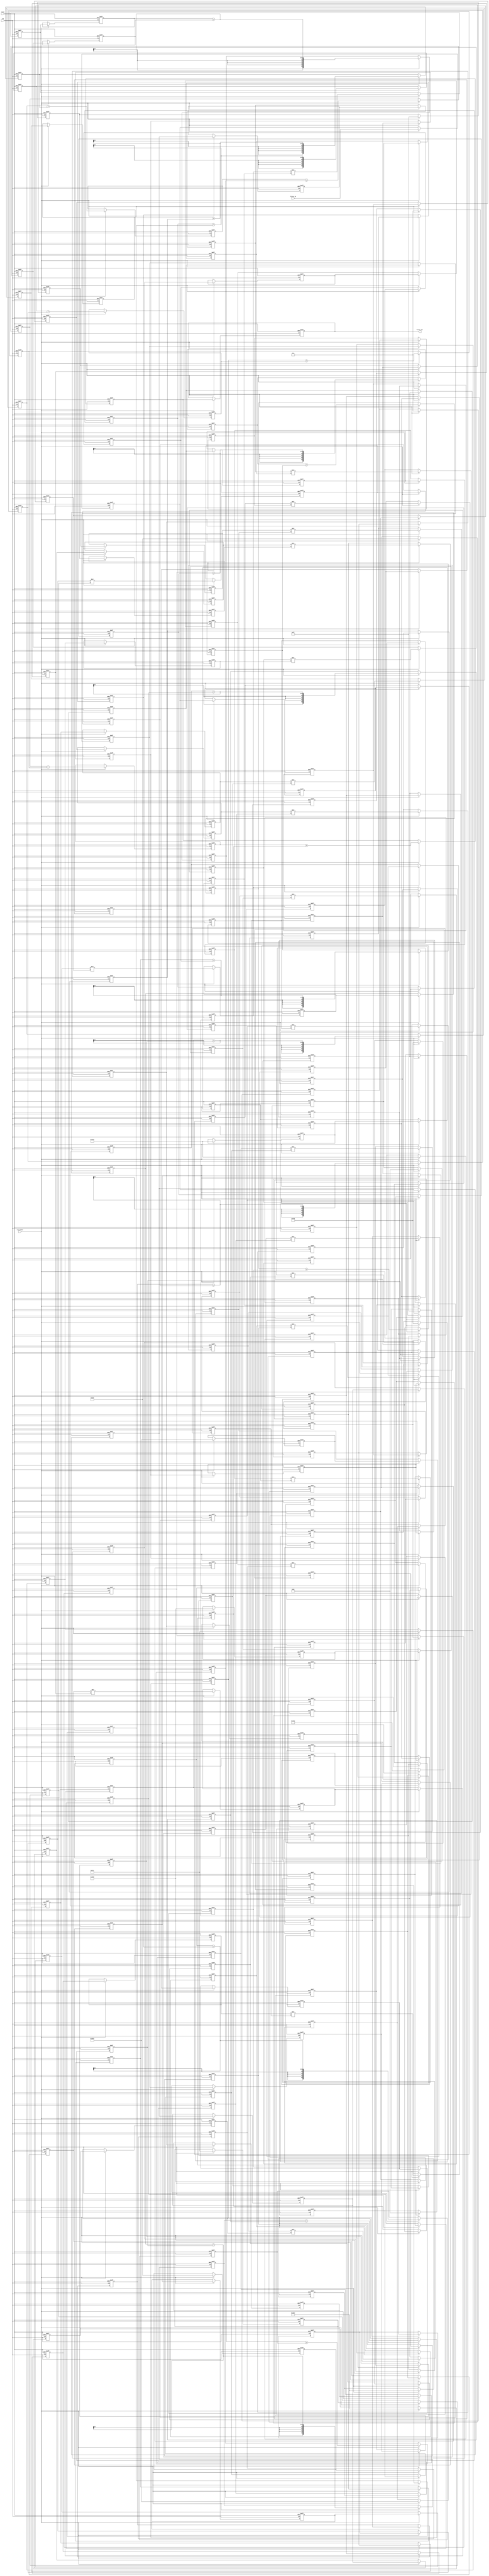
// -------------------------------------------------------------
//
// Module: fir_20_16b_2p
// Generated by MATLAB(R) 9.12 and Filter Design HDL Coder 3.1.11.
// Generated on: 2023-06-21 23:49:33
// -------------------------------------------------------------

// -------------------------------------------------------------
// HDL Code Generation Options:
//
// FIRAdderStyle: tree
// MultiplierInputPipeline: 2
// MultiplierOutputPipeline: 2
// OptimizeForHDL: on
// TargetDirectory: W:\Nikos\UTh\ \Project\FIR_20_Order\multiplier_2_pipeline\16b_fixed_point
// AddPipelineRegisters: on
// Name: fir_20_16b_2p
// InputDataType: numerictype(1,16,0)
// TargetLanguage: Verilog
// TestBenchName: fir_20_16b_2p_tb
// TestBenchStimulus: impulse step ramp chirp noise 

// Filter Specifications:
//
// Sample Rate     : 46 kHz
// Response        : Lowpass
// Specification   : N,Fp,Fst,Ap
// Stopband Edge   : 9.6 kHz
// Filter Order    : 20
// Passband Edge   : 8 kHz
// Passband Ripple : 60 dB
// -------------------------------------------------------------

// -------------------------------------------------------------
// HDL Implementation    : Fully parallel
// Folding Factor        : 1
// -------------------------------------------------------------
// Filter Settings:
//
// Discrete-Time FIR Filter (real)
// -------------------------------
// Filter Structure  : Direct-Form FIR
// Filter Length     : 21
// Stable            : Yes
// Linear Phase      : Yes (Type 1)
// Arithmetic        : fixed
// Numerator         : s16,16 -> [-5.000000e-01 5.000000e-01)
// -------------------------------------------------------------




`timescale 1 ns / 1 ns

module fir_20_16b_2p
               (
                clk,
                clk_enable,
                reset,
                filter_in,
                filter_out
                );

  input   clk; 
  input   clk_enable; 
  input   reset; 
  input   signed [15:0] filter_in; //sfix16
  output  signed [36:0] filter_out; //sfix37_En16

////////////////////////////////////////////////////////////////
//Module Architecture: fir_20_16b_2p
////////////////////////////////////////////////////////////////
  // Local Functions
  // Type Definitions
  // Constants
  parameter signed [15:0] coeff1 = 16'b0000000000000110; //sfix16_En16
  parameter signed [15:0] coeff2 = 16'b0000000000111000; //sfix16_En16
  parameter signed [15:0] coeff3 = 16'b0000000011111111; //sfix16_En16
  parameter signed [15:0] coeff4 = 16'b0000001100101000; //sfix16_En16
  parameter signed [15:0] coeff5 = 16'b0000011111001101; //sfix16_En16
  parameter signed [15:0] coeff6 = 16'b0000111111101100; //sfix16_En16
  parameter signed [15:0] coeff7 = 16'b0001101110110111; //sfix16_En16
  parameter signed [15:0] coeff8 = 16'b0010100111111010; //sfix16_En16
  parameter signed [15:0] coeff9 = 16'b0011100000001000; //sfix16_En16
  parameter signed [15:0] coeff10 = 16'b0100001001110000; //sfix16_En16
  parameter signed [15:0] coeff11 = 16'b0100011001001010; //sfix16_En16
  parameter signed [15:0] coeff12 = 16'b0100001001110000; //sfix16_En16
  parameter signed [15:0] coeff13 = 16'b0011100000001000; //sfix16_En16
  parameter signed [15:0] coeff14 = 16'b0010100111111010; //sfix16_En16
  parameter signed [15:0] coeff15 = 16'b0001101110110111; //sfix16_En16
  parameter signed [15:0] coeff16 = 16'b0000111111101100; //sfix16_En16
  parameter signed [15:0] coeff17 = 16'b0000011111001101; //sfix16_En16
  parameter signed [15:0] coeff18 = 16'b0000001100101000; //sfix16_En16
  parameter signed [15:0] coeff19 = 16'b0000000011111111; //sfix16_En16
  parameter signed [15:0] coeff20 = 16'b0000000000111000; //sfix16_En16
  parameter signed [15:0] coeff21 = 16'b0000000000000110; //sfix16_En16

  // Signals
  reg  signed [15:0] delay_pipeline [0:20] ; // sfix16
  wire signed [31:0] product21; // sfix32_En16
  reg  signed [15:0] delay_pipeline_20_under_pipe; // sfix16
  reg  signed [15:0] delay_pipeline_20_under_pipe_1; // sfix16
  reg  signed [15:0] coeff21_pipe; // sfix16_En16
  reg  signed [15:0] coeff21_pipe_1; // sfix16_En16
  reg  signed [31:0] product21_pipe; // sfix32_En16
  reg  signed [31:0] product21_pipe_1; // sfix32_En16
  wire signed [31:0] product20; // sfix32_En16
  reg  signed [15:0] delay_pipeline_19_under_pipe; // sfix16
  reg  signed [15:0] delay_pipeline_19_under_pipe_1; // sfix16
  reg  signed [15:0] coeff20_pipe; // sfix16_En16
  reg  signed [15:0] coeff20_pipe_1; // sfix16_En16
  reg  signed [31:0] product20_pipe; // sfix32_En16
  reg  signed [31:0] product20_pipe_1; // sfix32_En16
  wire signed [31:0] product19; // sfix32_En16
  reg  signed [15:0] delay_pipeline_18_under_pipe; // sfix16
  reg  signed [15:0] delay_pipeline_18_under_pipe_1; // sfix16
  reg  signed [15:0] coeff19_pipe; // sfix16_En16
  reg  signed [15:0] coeff19_pipe_1; // sfix16_En16
  reg  signed [31:0] product19_pipe; // sfix32_En16
  reg  signed [31:0] product19_pipe_1; // sfix32_En16
  wire signed [31:0] product18; // sfix32_En16
  reg  signed [15:0] delay_pipeline_17_under_pipe; // sfix16
  reg  signed [15:0] delay_pipeline_17_under_pipe_1; // sfix16
  reg  signed [15:0] coeff18_pipe; // sfix16_En16
  reg  signed [15:0] coeff18_pipe_1; // sfix16_En16
  reg  signed [31:0] product18_pipe; // sfix32_En16
  reg  signed [31:0] product18_pipe_1; // sfix32_En16
  wire signed [31:0] product17; // sfix32_En16
  reg  signed [15:0] delay_pipeline_16_under_pipe; // sfix16
  reg  signed [15:0] delay_pipeline_16_under_pipe_1; // sfix16
  reg  signed [15:0] coeff17_pipe; // sfix16_En16
  reg  signed [15:0] coeff17_pipe_1; // sfix16_En16
  reg  signed [31:0] product17_pipe; // sfix32_En16
  reg  signed [31:0] product17_pipe_1; // sfix32_En16
  wire signed [31:0] product16; // sfix32_En16
  reg  signed [15:0] delay_pipeline_15_under_pipe; // sfix16
  reg  signed [15:0] delay_pipeline_15_under_pipe_1; // sfix16
  reg  signed [15:0] coeff16_pipe; // sfix16_En16
  reg  signed [15:0] coeff16_pipe_1; // sfix16_En16
  reg  signed [31:0] product16_pipe; // sfix32_En16
  reg  signed [31:0] product16_pipe_1; // sfix32_En16
  wire signed [31:0] product15; // sfix32_En16
  reg  signed [15:0] delay_pipeline_14_under_pipe; // sfix16
  reg  signed [15:0] delay_pipeline_14_under_pipe_1; // sfix16
  reg  signed [15:0] coeff15_pipe; // sfix16_En16
  reg  signed [15:0] coeff15_pipe_1; // sfix16_En16
  reg  signed [31:0] product15_pipe; // sfix32_En16
  reg  signed [31:0] product15_pipe_1; // sfix32_En16
  wire signed [31:0] product14; // sfix32_En16
  reg  signed [15:0] delay_pipeline_13_under_pipe; // sfix16
  reg  signed [15:0] delay_pipeline_13_under_pipe_1; // sfix16
  reg  signed [15:0] coeff14_pipe; // sfix16_En16
  reg  signed [15:0] coeff14_pipe_1; // sfix16_En16
  reg  signed [31:0] product14_pipe; // sfix32_En16
  reg  signed [31:0] product14_pipe_1; // sfix32_En16
  wire signed [31:0] product13; // sfix32_En16
  reg  signed [15:0] delay_pipeline_12_under_pipe; // sfix16
  reg  signed [15:0] delay_pipeline_12_under_pipe_1; // sfix16
  reg  signed [15:0] coeff13_pipe; // sfix16_En16
  reg  signed [15:0] coeff13_pipe_1; // sfix16_En16
  reg  signed [31:0] product13_pipe; // sfix32_En16
  reg  signed [31:0] product13_pipe_1; // sfix32_En16
  wire signed [31:0] product12; // sfix32_En16
  reg  signed [15:0] delay_pipeline_11_under_pipe; // sfix16
  reg  signed [15:0] delay_pipeline_11_under_pipe_1; // sfix16
  reg  signed [15:0] coeff12_pipe; // sfix16_En16
  reg  signed [15:0] coeff12_pipe_1; // sfix16_En16
  reg  signed [31:0] product12_pipe; // sfix32_En16
  reg  signed [31:0] product12_pipe_1; // sfix32_En16
  wire signed [31:0] product11; // sfix32_En16
  reg  signed [15:0] delay_pipeline_10_under_pipe; // sfix16
  reg  signed [15:0] delay_pipeline_10_under_pipe_1; // sfix16
  reg  signed [15:0] coeff11_pipe; // sfix16_En16
  reg  signed [15:0] coeff11_pipe_1; // sfix16_En16
  reg  signed [31:0] product11_pipe; // sfix32_En16
  reg  signed [31:0] product11_pipe_1; // sfix32_En16
  wire signed [31:0] product10; // sfix32_En16
  reg  signed [15:0] delay_pipeline_9_under_pipe; // sfix16
  reg  signed [15:0] delay_pipeline_9_under_pipe_1; // sfix16
  reg  signed [15:0] coeff10_pipe; // sfix16_En16
  reg  signed [15:0] coeff10_pipe_1; // sfix16_En16
  reg  signed [31:0] product10_pipe; // sfix32_En16
  reg  signed [31:0] product10_pipe_1; // sfix32_En16
  wire signed [31:0] product9; // sfix32_En16
  reg  signed [15:0] delay_pipeline_8_under_pipe; // sfix16
  reg  signed [15:0] delay_pipeline_8_under_pipe_1; // sfix16
  reg  signed [15:0] coeff9_pipe; // sfix16_En16
  reg  signed [15:0] coeff9_pipe_1; // sfix16_En16
  reg  signed [31:0] product9_pipe; // sfix32_En16
  reg  signed [31:0] product9_pipe_1; // sfix32_En16
  wire signed [31:0] product8; // sfix32_En16
  reg  signed [15:0] delay_pipeline_7_under_pipe; // sfix16
  reg  signed [15:0] delay_pipeline_7_under_pipe_1; // sfix16
  reg  signed [15:0] coeff8_pipe; // sfix16_En16
  reg  signed [15:0] coeff8_pipe_1; // sfix16_En16
  reg  signed [31:0] product8_pipe; // sfix32_En16
  reg  signed [31:0] product8_pipe_1; // sfix32_En16
  wire signed [31:0] product7; // sfix32_En16
  reg  signed [15:0] delay_pipeline_6_under_pipe; // sfix16
  reg  signed [15:0] delay_pipeline_6_under_pipe_1; // sfix16
  reg  signed [15:0] coeff7_pipe; // sfix16_En16
  reg  signed [15:0] coeff7_pipe_1; // sfix16_En16
  reg  signed [31:0] product7_pipe; // sfix32_En16
  reg  signed [31:0] product7_pipe_1; // sfix32_En16
  wire signed [31:0] product6; // sfix32_En16
  reg  signed [15:0] delay_pipeline_5_under_pipe; // sfix16
  reg  signed [15:0] delay_pipeline_5_under_pipe_1; // sfix16
  reg  signed [15:0] coeff6_pipe; // sfix16_En16
  reg  signed [15:0] coeff6_pipe_1; // sfix16_En16
  reg  signed [31:0] product6_pipe; // sfix32_En16
  reg  signed [31:0] product6_pipe_1; // sfix32_En16
  wire signed [31:0] product5; // sfix32_En16
  reg  signed [15:0] delay_pipeline_4_under_pipe; // sfix16
  reg  signed [15:0] delay_pipeline_4_under_pipe_1; // sfix16
  reg  signed [15:0] coeff5_pipe; // sfix16_En16
  reg  signed [15:0] coeff5_pipe_1; // sfix16_En16
  reg  signed [31:0] product5_pipe; // sfix32_En16
  reg  signed [31:0] product5_pipe_1; // sfix32_En16
  wire signed [31:0] product4; // sfix32_En16
  reg  signed [15:0] delay_pipeline_3_under_pipe; // sfix16
  reg  signed [15:0] delay_pipeline_3_under_pipe_1; // sfix16
  reg  signed [15:0] coeff4_pipe; // sfix16_En16
  reg  signed [15:0] coeff4_pipe_1; // sfix16_En16
  reg  signed [31:0] product4_pipe; // sfix32_En16
  reg  signed [31:0] product4_pipe_1; // sfix32_En16
  wire signed [31:0] product3; // sfix32_En16
  reg  signed [15:0] delay_pipeline_2_under_pipe; // sfix16
  reg  signed [15:0] delay_pipeline_2_under_pipe_1; // sfix16
  reg  signed [15:0] coeff3_pipe; // sfix16_En16
  reg  signed [15:0] coeff3_pipe_1; // sfix16_En16
  reg  signed [31:0] product3_pipe; // sfix32_En16
  reg  signed [31:0] product3_pipe_1; // sfix32_En16
  wire signed [31:0] product2; // sfix32_En16
  reg  signed [15:0] delay_pipeline_1_under_pipe; // sfix16
  reg  signed [15:0] delay_pipeline_1_under_pipe_1; // sfix16
  reg  signed [15:0] coeff2_pipe; // sfix16_En16
  reg  signed [15:0] coeff2_pipe_1; // sfix16_En16
  reg  signed [31:0] product2_pipe; // sfix32_En16
  reg  signed [31:0] product2_pipe_1; // sfix32_En16
  wire signed [31:0] product1; // sfix32_En16
  reg  signed [15:0] delay_pipeline_0_under_pipe; // sfix16
  reg  signed [15:0] delay_pipeline_0_under_pipe_1; // sfix16
  reg  signed [15:0] coeff1_pipe; // sfix16_En16
  reg  signed [15:0] coeff1_pipe_1; // sfix16_En16
  reg  signed [31:0] product1_pipe; // sfix32_En16
  reg  signed [31:0] product1_pipe_1; // sfix32_En16
  wire signed [36:0] sum_final; // sfix37_En16
  wire signed [36:0] sum1_1; // sfix37_En16
  wire signed [31:0] add_signext; // sfix32_En16
  wire signed [31:0] add_signext_1; // sfix32_En16
  wire signed [32:0] add_temp; // sfix33_En16
  reg  signed [36:0] sumpipe1_1; // sfix37_En16
  wire signed [36:0] sum1_2; // sfix37_En16
  wire signed [31:0] add_signext_2; // sfix32_En16
  wire signed [31:0] add_signext_3; // sfix32_En16
  wire signed [32:0] add_temp_1; // sfix33_En16
  reg  signed [36:0] sumpipe1_2; // sfix37_En16
  wire signed [36:0] sum1_3; // sfix37_En16
  wire signed [31:0] add_signext_4; // sfix32_En16
  wire signed [31:0] add_signext_5; // sfix32_En16
  wire signed [32:0] add_temp_2; // sfix33_En16
  reg  signed [36:0] sumpipe1_3; // sfix37_En16
  wire signed [36:0] sum1_4; // sfix37_En16
  wire signed [31:0] add_signext_6; // sfix32_En16
  wire signed [31:0] add_signext_7; // sfix32_En16
  wire signed [32:0] add_temp_3; // sfix33_En16
  reg  signed [36:0] sumpipe1_4; // sfix37_En16
  wire signed [36:0] sum1_5; // sfix37_En16
  wire signed [31:0] add_signext_8; // sfix32_En16
  wire signed [31:0] add_signext_9; // sfix32_En16
  wire signed [32:0] add_temp_4; // sfix33_En16
  reg  signed [36:0] sumpipe1_5; // sfix37_En16
  wire signed [36:0] sum1_6; // sfix37_En16
  wire signed [31:0] add_signext_10; // sfix32_En16
  wire signed [31:0] add_signext_11; // sfix32_En16
  wire signed [32:0] add_temp_5; // sfix33_En16
  reg  signed [36:0] sumpipe1_6; // sfix37_En16
  wire signed [36:0] sum1_7; // sfix37_En16
  wire signed [31:0] add_signext_12; // sfix32_En16
  wire signed [31:0] add_signext_13; // sfix32_En16
  wire signed [32:0] add_temp_6; // sfix33_En16
  reg  signed [36:0] sumpipe1_7; // sfix37_En16
  wire signed [36:0] sum1_8; // sfix37_En16
  wire signed [31:0] add_signext_14; // sfix32_En16
  wire signed [31:0] add_signext_15; // sfix32_En16
  wire signed [32:0] add_temp_7; // sfix33_En16
  reg  signed [36:0] sumpipe1_8; // sfix37_En16
  wire signed [36:0] sum1_9; // sfix37_En16
  wire signed [31:0] add_signext_16; // sfix32_En16
  wire signed [31:0] add_signext_17; // sfix32_En16
  wire signed [32:0] add_temp_8; // sfix33_En16
  reg  signed [36:0] sumpipe1_9; // sfix37_En16
  wire signed [36:0] sum1_10; // sfix37_En16
  wire signed [31:0] add_signext_18; // sfix32_En16
  wire signed [31:0] add_signext_19; // sfix32_En16
  wire signed [32:0] add_temp_9; // sfix33_En16
  reg  signed [36:0] sumpipe1_10; // sfix37_En16
  reg  signed [31:0] sumpipe1_11; // sfix32_En16
  wire signed [36:0] sum2_1; // sfix37_En16
  wire signed [36:0] add_signext_20; // sfix37_En16
  wire signed [36:0] add_signext_21; // sfix37_En16
  wire signed [37:0] add_temp_10; // sfix38_En16
  reg  signed [36:0] sumpipe2_1; // sfix37_En16
  wire signed [36:0] sum2_2; // sfix37_En16
  wire signed [36:0] add_signext_22; // sfix37_En16
  wire signed [36:0] add_signext_23; // sfix37_En16
  wire signed [37:0] add_temp_11; // sfix38_En16
  reg  signed [36:0] sumpipe2_2; // sfix37_En16
  wire signed [36:0] sum2_3; // sfix37_En16
  wire signed [36:0] add_signext_24; // sfix37_En16
  wire signed [36:0] add_signext_25; // sfix37_En16
  wire signed [37:0] add_temp_12; // sfix38_En16
  reg  signed [36:0] sumpipe2_3; // sfix37_En16
  wire signed [36:0] sum2_4; // sfix37_En16
  wire signed [36:0] add_signext_26; // sfix37_En16
  wire signed [36:0] add_signext_27; // sfix37_En16
  wire signed [37:0] add_temp_13; // sfix38_En16
  reg  signed [36:0] sumpipe2_4; // sfix37_En16
  wire signed [36:0] sum2_5; // sfix37_En16
  wire signed [36:0] add_signext_28; // sfix37_En16
  wire signed [36:0] add_signext_29; // sfix37_En16
  wire signed [37:0] add_temp_14; // sfix38_En16
  reg  signed [36:0] sumpipe2_5; // sfix37_En16
  reg  signed [31:0] sumpipe2_6; // sfix32_En16
  wire signed [36:0] sum3_1; // sfix37_En16
  wire signed [36:0] add_signext_30; // sfix37_En16
  wire signed [36:0] add_signext_31; // sfix37_En16
  wire signed [37:0] add_temp_15; // sfix38_En16
  reg  signed [36:0] sumpipe3_1; // sfix37_En16
  wire signed [36:0] sum3_2; // sfix37_En16
  wire signed [36:0] add_signext_32; // sfix37_En16
  wire signed [36:0] add_signext_33; // sfix37_En16
  wire signed [37:0] add_temp_16; // sfix38_En16
  reg  signed [36:0] sumpipe3_2; // sfix37_En16
  wire signed [36:0] sum3_3; // sfix37_En16
  wire signed [36:0] add_signext_34; // sfix37_En16
  wire signed [36:0] add_signext_35; // sfix37_En16
  wire signed [37:0] add_temp_17; // sfix38_En16
  reg  signed [36:0] sumpipe3_3; // sfix37_En16
  wire signed [36:0] sum4_1; // sfix37_En16
  wire signed [36:0] add_signext_36; // sfix37_En16
  wire signed [36:0] add_signext_37; // sfix37_En16
  wire signed [37:0] add_temp_18; // sfix38_En16
  reg  signed [36:0] sumpipe4_1; // sfix37_En16
  reg  signed [36:0] sumpipe4_2; // sfix37_En16
  wire signed [36:0] sum5_1; // sfix37_En16
  wire signed [36:0] add_signext_38; // sfix37_En16
  wire signed [36:0] add_signext_39; // sfix37_En16
  wire signed [37:0] add_temp_19; // sfix38_En16
  reg  signed [36:0] sumpipe5_1; // sfix37_En16
  reg  signed [36:0] output_register; // sfix37_En16

  // Block Statements
  always @( posedge clk or posedge reset)
    begin: Delay_Pipeline_process
      if (reset == 1'b1) begin
        delay_pipeline[0] <= 0;
        delay_pipeline[1] <= 0;
        delay_pipeline[2] <= 0;
        delay_pipeline[3] <= 0;
        delay_pipeline[4] <= 0;
        delay_pipeline[5] <= 0;
        delay_pipeline[6] <= 0;
        delay_pipeline[7] <= 0;
        delay_pipeline[8] <= 0;
        delay_pipeline[9] <= 0;
        delay_pipeline[10] <= 0;
        delay_pipeline[11] <= 0;
        delay_pipeline[12] <= 0;
        delay_pipeline[13] <= 0;
        delay_pipeline[14] <= 0;
        delay_pipeline[15] <= 0;
        delay_pipeline[16] <= 0;
        delay_pipeline[17] <= 0;
        delay_pipeline[18] <= 0;
        delay_pipeline[19] <= 0;
        delay_pipeline[20] <= 0;
      end
      else begin
        if (clk_enable == 1'b1) begin
          delay_pipeline[0] <= filter_in;
          delay_pipeline[1] <= delay_pipeline[0];
          delay_pipeline[2] <= delay_pipeline[1];
          delay_pipeline[3] <= delay_pipeline[2];
          delay_pipeline[4] <= delay_pipeline[3];
          delay_pipeline[5] <= delay_pipeline[4];
          delay_pipeline[6] <= delay_pipeline[5];
          delay_pipeline[7] <= delay_pipeline[6];
          delay_pipeline[8] <= delay_pipeline[7];
          delay_pipeline[9] <= delay_pipeline[8];
          delay_pipeline[10] <= delay_pipeline[9];
          delay_pipeline[11] <= delay_pipeline[10];
          delay_pipeline[12] <= delay_pipeline[11];
          delay_pipeline[13] <= delay_pipeline[12];
          delay_pipeline[14] <= delay_pipeline[13];
          delay_pipeline[15] <= delay_pipeline[14];
          delay_pipeline[16] <= delay_pipeline[15];
          delay_pipeline[17] <= delay_pipeline[16];
          delay_pipeline[18] <= delay_pipeline[17];
          delay_pipeline[19] <= delay_pipeline[18];
          delay_pipeline[20] <= delay_pipeline[19];
        end
      end
    end // Delay_Pipeline_process


  always @ (posedge clk or posedge reset)
    begin: temp_process1
      if (reset == 1'b1) begin
        delay_pipeline_20_under_pipe <= 0;
        delay_pipeline_20_under_pipe_1 <= 0;
        coeff21_pipe <= 0;
        coeff21_pipe_1 <= 0;
        product21_pipe <= 0;
        product21_pipe_1 <= 0;
      end
      else begin
        if (clk_enable == 1'b1) begin
          delay_pipeline_20_under_pipe <= delay_pipeline[20];
          delay_pipeline_20_under_pipe_1 <= delay_pipeline_20_under_pipe;
          coeff21_pipe <= coeff21;
          coeff21_pipe_1 <= coeff21_pipe;

          product21_pipe <= delay_pipeline_20_under_pipe_1 * coeff21_pipe_1;

          product21_pipe_1 <= product21_pipe;
        end
      end
    end // temp_process1

  assign product21 = product21_pipe_1;

  always @ (posedge clk or posedge reset)
    begin: temp_process2
      if (reset == 1'b1) begin
        delay_pipeline_19_under_pipe <= 0;
        delay_pipeline_19_under_pipe_1 <= 0;
        coeff20_pipe <= 0;
        coeff20_pipe_1 <= 0;
        product20_pipe <= 0;
        product20_pipe_1 <= 0;
      end
      else begin
        if (clk_enable == 1'b1) begin
          delay_pipeline_19_under_pipe <= delay_pipeline[19];
          delay_pipeline_19_under_pipe_1 <= delay_pipeline_19_under_pipe;
          coeff20_pipe <= coeff20;
          coeff20_pipe_1 <= coeff20_pipe;

          product20_pipe <= delay_pipeline_19_under_pipe_1 * coeff20_pipe_1;

          product20_pipe_1 <= product20_pipe;
        end
      end
    end // temp_process2

  assign product20 = product20_pipe_1;

  always @ (posedge clk or posedge reset)
    begin: temp_process3
      if (reset == 1'b1) begin
        delay_pipeline_18_under_pipe <= 0;
        delay_pipeline_18_under_pipe_1 <= 0;
        coeff19_pipe <= 0;
        coeff19_pipe_1 <= 0;
        product19_pipe <= 0;
        product19_pipe_1 <= 0;
      end
      else begin
        if (clk_enable == 1'b1) begin
          delay_pipeline_18_under_pipe <= delay_pipeline[18];
          delay_pipeline_18_under_pipe_1 <= delay_pipeline_18_under_pipe;
          coeff19_pipe <= coeff19;
          coeff19_pipe_1 <= coeff19_pipe;

          product19_pipe <= delay_pipeline_18_under_pipe_1 * coeff19_pipe_1;

          product19_pipe_1 <= product19_pipe;
        end
      end
    end // temp_process3

  assign product19 = product19_pipe_1;

  always @ (posedge clk or posedge reset)
    begin: temp_process4
      if (reset == 1'b1) begin
        delay_pipeline_17_under_pipe <= 0;
        delay_pipeline_17_under_pipe_1 <= 0;
        coeff18_pipe <= 0;
        coeff18_pipe_1 <= 0;
        product18_pipe <= 0;
        product18_pipe_1 <= 0;
      end
      else begin
        if (clk_enable == 1'b1) begin
          delay_pipeline_17_under_pipe <= delay_pipeline[17];
          delay_pipeline_17_under_pipe_1 <= delay_pipeline_17_under_pipe;
          coeff18_pipe <= coeff18;
          coeff18_pipe_1 <= coeff18_pipe;

          product18_pipe <= delay_pipeline_17_under_pipe_1 * coeff18_pipe_1;

          product18_pipe_1 <= product18_pipe;
        end
      end
    end // temp_process4

  assign product18 = product18_pipe_1;

  always @ (posedge clk or posedge reset)
    begin: temp_process5
      if (reset == 1'b1) begin
        delay_pipeline_16_under_pipe <= 0;
        delay_pipeline_16_under_pipe_1 <= 0;
        coeff17_pipe <= 0;
        coeff17_pipe_1 <= 0;
        product17_pipe <= 0;
        product17_pipe_1 <= 0;
      end
      else begin
        if (clk_enable == 1'b1) begin
          delay_pipeline_16_under_pipe <= delay_pipeline[16];
          delay_pipeline_16_under_pipe_1 <= delay_pipeline_16_under_pipe;
          coeff17_pipe <= coeff17;
          coeff17_pipe_1 <= coeff17_pipe;

          product17_pipe <= delay_pipeline_16_under_pipe_1 * coeff17_pipe_1;

          product17_pipe_1 <= product17_pipe;
        end
      end
    end // temp_process5

  assign product17 = product17_pipe_1;

  always @ (posedge clk or posedge reset)
    begin: temp_process6
      if (reset == 1'b1) begin
        delay_pipeline_15_under_pipe <= 0;
        delay_pipeline_15_under_pipe_1 <= 0;
        coeff16_pipe <= 0;
        coeff16_pipe_1 <= 0;
        product16_pipe <= 0;
        product16_pipe_1 <= 0;
      end
      else begin
        if (clk_enable == 1'b1) begin
          delay_pipeline_15_under_pipe <= delay_pipeline[15];
          delay_pipeline_15_under_pipe_1 <= delay_pipeline_15_under_pipe;
          coeff16_pipe <= coeff16;
          coeff16_pipe_1 <= coeff16_pipe;

          product16_pipe <= delay_pipeline_15_under_pipe_1 * coeff16_pipe_1;

          product16_pipe_1 <= product16_pipe;
        end
      end
    end // temp_process6

  assign product16 = product16_pipe_1;

  always @ (posedge clk or posedge reset)
    begin: temp_process7
      if (reset == 1'b1) begin
        delay_pipeline_14_under_pipe <= 0;
        delay_pipeline_14_under_pipe_1 <= 0;
        coeff15_pipe <= 0;
        coeff15_pipe_1 <= 0;
        product15_pipe <= 0;
        product15_pipe_1 <= 0;
      end
      else begin
        if (clk_enable == 1'b1) begin
          delay_pipeline_14_under_pipe <= delay_pipeline[14];
          delay_pipeline_14_under_pipe_1 <= delay_pipeline_14_under_pipe;
          coeff15_pipe <= coeff15;
          coeff15_pipe_1 <= coeff15_pipe;

          product15_pipe <= delay_pipeline_14_under_pipe_1 * coeff15_pipe_1;

          product15_pipe_1 <= product15_pipe;
        end
      end
    end // temp_process7

  assign product15 = product15_pipe_1;

  always @ (posedge clk or posedge reset)
    begin: temp_process8
      if (reset == 1'b1) begin
        delay_pipeline_13_under_pipe <= 0;
        delay_pipeline_13_under_pipe_1 <= 0;
        coeff14_pipe <= 0;
        coeff14_pipe_1 <= 0;
        product14_pipe <= 0;
        product14_pipe_1 <= 0;
      end
      else begin
        if (clk_enable == 1'b1) begin
          delay_pipeline_13_under_pipe <= delay_pipeline[13];
          delay_pipeline_13_under_pipe_1 <= delay_pipeline_13_under_pipe;
          coeff14_pipe <= coeff14;
          coeff14_pipe_1 <= coeff14_pipe;

          product14_pipe <= delay_pipeline_13_under_pipe_1 * coeff14_pipe_1;

          product14_pipe_1 <= product14_pipe;
        end
      end
    end // temp_process8

  assign product14 = product14_pipe_1;

  always @ (posedge clk or posedge reset)
    begin: temp_process9
      if (reset == 1'b1) begin
        delay_pipeline_12_under_pipe <= 0;
        delay_pipeline_12_under_pipe_1 <= 0;
        coeff13_pipe <= 0;
        coeff13_pipe_1 <= 0;
        product13_pipe <= 0;
        product13_pipe_1 <= 0;
      end
      else begin
        if (clk_enable == 1'b1) begin
          delay_pipeline_12_under_pipe <= delay_pipeline[12];
          delay_pipeline_12_under_pipe_1 <= delay_pipeline_12_under_pipe;
          coeff13_pipe <= coeff13;
          coeff13_pipe_1 <= coeff13_pipe;

          product13_pipe <= delay_pipeline_12_under_pipe_1 * coeff13_pipe_1;

          product13_pipe_1 <= product13_pipe;
        end
      end
    end // temp_process9

  assign product13 = product13_pipe_1;

  always @ (posedge clk or posedge reset)
    begin: temp_process10
      if (reset == 1'b1) begin
        delay_pipeline_11_under_pipe <= 0;
        delay_pipeline_11_under_pipe_1 <= 0;
        coeff12_pipe <= 0;
        coeff12_pipe_1 <= 0;
        product12_pipe <= 0;
        product12_pipe_1 <= 0;
      end
      else begin
        if (clk_enable == 1'b1) begin
          delay_pipeline_11_under_pipe <= delay_pipeline[11];
          delay_pipeline_11_under_pipe_1 <= delay_pipeline_11_under_pipe;
          coeff12_pipe <= coeff12;
          coeff12_pipe_1 <= coeff12_pipe;

          product12_pipe <= delay_pipeline_11_under_pipe_1 * coeff12_pipe_1;

          product12_pipe_1 <= product12_pipe;
        end
      end
    end // temp_process10

  assign product12 = product12_pipe_1;

  always @ (posedge clk or posedge reset)
    begin: temp_process11
      if (reset == 1'b1) begin
        delay_pipeline_10_under_pipe <= 0;
        delay_pipeline_10_under_pipe_1 <= 0;
        coeff11_pipe <= 0;
        coeff11_pipe_1 <= 0;
        product11_pipe <= 0;
        product11_pipe_1 <= 0;
      end
      else begin
        if (clk_enable == 1'b1) begin
          delay_pipeline_10_under_pipe <= delay_pipeline[10];
          delay_pipeline_10_under_pipe_1 <= delay_pipeline_10_under_pipe;
          coeff11_pipe <= coeff11;
          coeff11_pipe_1 <= coeff11_pipe;

          product11_pipe <= delay_pipeline_10_under_pipe_1 * coeff11_pipe_1;

          product11_pipe_1 <= product11_pipe;
        end
      end
    end // temp_process11

  assign product11 = product11_pipe_1;

  always @ (posedge clk or posedge reset)
    begin: temp_process12
      if (reset == 1'b1) begin
        delay_pipeline_9_under_pipe <= 0;
        delay_pipeline_9_under_pipe_1 <= 0;
        coeff10_pipe <= 0;
        coeff10_pipe_1 <= 0;
        product10_pipe <= 0;
        product10_pipe_1 <= 0;
      end
      else begin
        if (clk_enable == 1'b1) begin
          delay_pipeline_9_under_pipe <= delay_pipeline[9];
          delay_pipeline_9_under_pipe_1 <= delay_pipeline_9_under_pipe;
          coeff10_pipe <= coeff10;
          coeff10_pipe_1 <= coeff10_pipe;

          product10_pipe <= delay_pipeline_9_under_pipe_1 * coeff10_pipe_1;

          product10_pipe_1 <= product10_pipe;
        end
      end
    end // temp_process12

  assign product10 = product10_pipe_1;

  always @ (posedge clk or posedge reset)
    begin: temp_process13
      if (reset == 1'b1) begin
        delay_pipeline_8_under_pipe <= 0;
        delay_pipeline_8_under_pipe_1 <= 0;
        coeff9_pipe <= 0;
        coeff9_pipe_1 <= 0;
        product9_pipe <= 0;
        product9_pipe_1 <= 0;
      end
      else begin
        if (clk_enable == 1'b1) begin
          delay_pipeline_8_under_pipe <= delay_pipeline[8];
          delay_pipeline_8_under_pipe_1 <= delay_pipeline_8_under_pipe;
          coeff9_pipe <= coeff9;
          coeff9_pipe_1 <= coeff9_pipe;

          product9_pipe <= delay_pipeline_8_under_pipe_1 * coeff9_pipe_1;

          product9_pipe_1 <= product9_pipe;
        end
      end
    end // temp_process13

  assign product9 = product9_pipe_1;

  always @ (posedge clk or posedge reset)
    begin: temp_process14
      if (reset == 1'b1) begin
        delay_pipeline_7_under_pipe <= 0;
        delay_pipeline_7_under_pipe_1 <= 0;
        coeff8_pipe <= 0;
        coeff8_pipe_1 <= 0;
        product8_pipe <= 0;
        product8_pipe_1 <= 0;
      end
      else begin
        if (clk_enable == 1'b1) begin
          delay_pipeline_7_under_pipe <= delay_pipeline[7];
          delay_pipeline_7_under_pipe_1 <= delay_pipeline_7_under_pipe;
          coeff8_pipe <= coeff8;
          coeff8_pipe_1 <= coeff8_pipe;

          product8_pipe <= delay_pipeline_7_under_pipe_1 * coeff8_pipe_1;

          product8_pipe_1 <= product8_pipe;
        end
      end
    end // temp_process14

  assign product8 = product8_pipe_1;

  always @ (posedge clk or posedge reset)
    begin: temp_process15
      if (reset == 1'b1) begin
        delay_pipeline_6_under_pipe <= 0;
        delay_pipeline_6_under_pipe_1 <= 0;
        coeff7_pipe <= 0;
        coeff7_pipe_1 <= 0;
        product7_pipe <= 0;
        product7_pipe_1 <= 0;
      end
      else begin
        if (clk_enable == 1'b1) begin
          delay_pipeline_6_under_pipe <= delay_pipeline[6];
          delay_pipeline_6_under_pipe_1 <= delay_pipeline_6_under_pipe;
          coeff7_pipe <= coeff7;
          coeff7_pipe_1 <= coeff7_pipe;

          product7_pipe <= delay_pipeline_6_under_pipe_1 * coeff7_pipe_1;

          product7_pipe_1 <= product7_pipe;
        end
      end
    end // temp_process15

  assign product7 = product7_pipe_1;

  always @ (posedge clk or posedge reset)
    begin: temp_process16
      if (reset == 1'b1) begin
        delay_pipeline_5_under_pipe <= 0;
        delay_pipeline_5_under_pipe_1 <= 0;
        coeff6_pipe <= 0;
        coeff6_pipe_1 <= 0;
        product6_pipe <= 0;
        product6_pipe_1 <= 0;
      end
      else begin
        if (clk_enable == 1'b1) begin
          delay_pipeline_5_under_pipe <= delay_pipeline[5];
          delay_pipeline_5_under_pipe_1 <= delay_pipeline_5_under_pipe;
          coeff6_pipe <= coeff6;
          coeff6_pipe_1 <= coeff6_pipe;

          product6_pipe <= delay_pipeline_5_under_pipe_1 * coeff6_pipe_1;

          product6_pipe_1 <= product6_pipe;
        end
      end
    end // temp_process16

  assign product6 = product6_pipe_1;

  always @ (posedge clk or posedge reset)
    begin: temp_process17
      if (reset == 1'b1) begin
        delay_pipeline_4_under_pipe <= 0;
        delay_pipeline_4_under_pipe_1 <= 0;
        coeff5_pipe <= 0;
        coeff5_pipe_1 <= 0;
        product5_pipe <= 0;
        product5_pipe_1 <= 0;
      end
      else begin
        if (clk_enable == 1'b1) begin
          delay_pipeline_4_under_pipe <= delay_pipeline[4];
          delay_pipeline_4_under_pipe_1 <= delay_pipeline_4_under_pipe;
          coeff5_pipe <= coeff5;
          coeff5_pipe_1 <= coeff5_pipe;

          product5_pipe <= delay_pipeline_4_under_pipe_1 * coeff5_pipe_1;

          product5_pipe_1 <= product5_pipe;
        end
      end
    end // temp_process17

  assign product5 = product5_pipe_1;

  always @ (posedge clk or posedge reset)
    begin: temp_process18
      if (reset == 1'b1) begin
        delay_pipeline_3_under_pipe <= 0;
        delay_pipeline_3_under_pipe_1 <= 0;
        coeff4_pipe <= 0;
        coeff4_pipe_1 <= 0;
        product4_pipe <= 0;
        product4_pipe_1 <= 0;
      end
      else begin
        if (clk_enable == 1'b1) begin
          delay_pipeline_3_under_pipe <= delay_pipeline[3];
          delay_pipeline_3_under_pipe_1 <= delay_pipeline_3_under_pipe;
          coeff4_pipe <= coeff4;
          coeff4_pipe_1 <= coeff4_pipe;

          product4_pipe <= delay_pipeline_3_under_pipe_1 * coeff4_pipe_1;

          product4_pipe_1 <= product4_pipe;
        end
      end
    end // temp_process18

  assign product4 = product4_pipe_1;

  always @ (posedge clk or posedge reset)
    begin: temp_process19
      if (reset == 1'b1) begin
        delay_pipeline_2_under_pipe <= 0;
        delay_pipeline_2_under_pipe_1 <= 0;
        coeff3_pipe <= 0;
        coeff3_pipe_1 <= 0;
        product3_pipe <= 0;
        product3_pipe_1 <= 0;
      end
      else begin
        if (clk_enable == 1'b1) begin
          delay_pipeline_2_under_pipe <= delay_pipeline[2];
          delay_pipeline_2_under_pipe_1 <= delay_pipeline_2_under_pipe;
          coeff3_pipe <= coeff3;
          coeff3_pipe_1 <= coeff3_pipe;

          product3_pipe <= delay_pipeline_2_under_pipe_1 * coeff3_pipe_1;

          product3_pipe_1 <= product3_pipe;
        end
      end
    end // temp_process19

  assign product3 = product3_pipe_1;

  always @ (posedge clk or posedge reset)
    begin: temp_process20
      if (reset == 1'b1) begin
        delay_pipeline_1_under_pipe <= 0;
        delay_pipeline_1_under_pipe_1 <= 0;
        coeff2_pipe <= 0;
        coeff2_pipe_1 <= 0;
        product2_pipe <= 0;
        product2_pipe_1 <= 0;
      end
      else begin
        if (clk_enable == 1'b1) begin
          delay_pipeline_1_under_pipe <= delay_pipeline[1];
          delay_pipeline_1_under_pipe_1 <= delay_pipeline_1_under_pipe;
          coeff2_pipe <= coeff2;
          coeff2_pipe_1 <= coeff2_pipe;

          product2_pipe <= delay_pipeline_1_under_pipe_1 * coeff2_pipe_1;

          product2_pipe_1 <= product2_pipe;
        end
      end
    end // temp_process20

  assign product2 = product2_pipe_1;

  always @ (posedge clk or posedge reset)
    begin: temp_process21
      if (reset == 1'b1) begin
        delay_pipeline_0_under_pipe <= 0;
        delay_pipeline_0_under_pipe_1 <= 0;
        coeff1_pipe <= 0;
        coeff1_pipe_1 <= 0;
        product1_pipe <= 0;
        product1_pipe_1 <= 0;
      end
      else begin
        if (clk_enable == 1'b1) begin
          delay_pipeline_0_under_pipe <= delay_pipeline[0];
          delay_pipeline_0_under_pipe_1 <= delay_pipeline_0_under_pipe;
          coeff1_pipe <= coeff1;
          coeff1_pipe_1 <= coeff1_pipe;

          product1_pipe <= delay_pipeline_0_under_pipe_1 * coeff1_pipe_1;

          product1_pipe_1 <= product1_pipe;
        end
      end
    end // temp_process21

  assign product1 = product1_pipe_1;

  assign add_signext = product21;
  assign add_signext_1 = product20;
  assign add_temp = add_signext + add_signext_1;
  assign sum1_1 = $signed({{4{add_temp[32]}}, add_temp});

  assign add_signext_2 = product19;
  assign add_signext_3 = product18;
  assign add_temp_1 = add_signext_2 + add_signext_3;
  assign sum1_2 = $signed({{4{add_temp_1[32]}}, add_temp_1});

  assign add_signext_4 = product17;
  assign add_signext_5 = product16;
  assign add_temp_2 = add_signext_4 + add_signext_5;
  assign sum1_3 = $signed({{4{add_temp_2[32]}}, add_temp_2});

  assign add_signext_6 = product15;
  assign add_signext_7 = product14;
  assign add_temp_3 = add_signext_6 + add_signext_7;
  assign sum1_4 = $signed({{4{add_temp_3[32]}}, add_temp_3});

  assign add_signext_8 = product13;
  assign add_signext_9 = product12;
  assign add_temp_4 = add_signext_8 + add_signext_9;
  assign sum1_5 = $signed({{4{add_temp_4[32]}}, add_temp_4});

  assign add_signext_10 = product11;
  assign add_signext_11 = product10;
  assign add_temp_5 = add_signext_10 + add_signext_11;
  assign sum1_6 = $signed({{4{add_temp_5[32]}}, add_temp_5});

  assign add_signext_12 = product9;
  assign add_signext_13 = product8;
  assign add_temp_6 = add_signext_12 + add_signext_13;
  assign sum1_7 = $signed({{4{add_temp_6[32]}}, add_temp_6});

  assign add_signext_14 = product7;
  assign add_signext_15 = product6;
  assign add_temp_7 = add_signext_14 + add_signext_15;
  assign sum1_8 = $signed({{4{add_temp_7[32]}}, add_temp_7});

  assign add_signext_16 = product5;
  assign add_signext_17 = product4;
  assign add_temp_8 = add_signext_16 + add_signext_17;
  assign sum1_9 = $signed({{4{add_temp_8[32]}}, add_temp_8});

  assign add_signext_18 = product3;
  assign add_signext_19 = product2;
  assign add_temp_9 = add_signext_18 + add_signext_19;
  assign sum1_10 = $signed({{4{add_temp_9[32]}}, add_temp_9});

  always @ (posedge clk or posedge reset)
    begin: temp_process22
      if (reset == 1'b1) begin
        sumpipe1_1 <= 0;
        sumpipe1_2 <= 0;
        sumpipe1_3 <= 0;
        sumpipe1_4 <= 0;
        sumpipe1_5 <= 0;
        sumpipe1_6 <= 0;
        sumpipe1_7 <= 0;
        sumpipe1_8 <= 0;
        sumpipe1_9 <= 0;
        sumpipe1_10 <= 0;
        sumpipe1_11 <= 0;
      end
      else begin
        if (clk_enable == 1'b1) begin
          sumpipe1_1 <= sum1_1;
          sumpipe1_2 <= sum1_2;
          sumpipe1_3 <= sum1_3;
          sumpipe1_4 <= sum1_4;
          sumpipe1_5 <= sum1_5;
          sumpipe1_6 <= sum1_6;
          sumpipe1_7 <= sum1_7;
          sumpipe1_8 <= sum1_8;
          sumpipe1_9 <= sum1_9;
          sumpipe1_10 <= sum1_10;
          sumpipe1_11 <= product1;
        end
      end
    end // temp_process22

  assign add_signext_20 = sumpipe1_1;
  assign add_signext_21 = sumpipe1_2;
  assign add_temp_10 = add_signext_20 + add_signext_21;
  assign sum2_1 = add_temp_10[36:0];

  assign add_signext_22 = sumpipe1_3;
  assign add_signext_23 = sumpipe1_4;
  assign add_temp_11 = add_signext_22 + add_signext_23;
  assign sum2_2 = add_temp_11[36:0];

  assign add_signext_24 = sumpipe1_5;
  assign add_signext_25 = sumpipe1_6;
  assign add_temp_12 = add_signext_24 + add_signext_25;
  assign sum2_3 = add_temp_12[36:0];

  assign add_signext_26 = sumpipe1_7;
  assign add_signext_27 = sumpipe1_8;
  assign add_temp_13 = add_signext_26 + add_signext_27;
  assign sum2_4 = add_temp_13[36:0];

  assign add_signext_28 = sumpipe1_9;
  assign add_signext_29 = sumpipe1_10;
  assign add_temp_14 = add_signext_28 + add_signext_29;
  assign sum2_5 = add_temp_14[36:0];

  always @ (posedge clk or posedge reset)
    begin: temp_process23
      if (reset == 1'b1) begin
        sumpipe2_1 <= 0;
        sumpipe2_2 <= 0;
        sumpipe2_3 <= 0;
        sumpipe2_4 <= 0;
        sumpipe2_5 <= 0;
        sumpipe2_6 <= 0;
      end
      else begin
        if (clk_enable == 1'b1) begin
          sumpipe2_1 <= sum2_1;
          sumpipe2_2 <= sum2_2;
          sumpipe2_3 <= sum2_3;
          sumpipe2_4 <= sum2_4;
          sumpipe2_5 <= sum2_5;
          sumpipe2_6 <= sumpipe1_11;
        end
      end
    end // temp_process23

  assign add_signext_30 = sumpipe2_1;
  assign add_signext_31 = sumpipe2_2;
  assign add_temp_15 = add_signext_30 + add_signext_31;
  assign sum3_1 = add_temp_15[36:0];

  assign add_signext_32 = sumpipe2_3;
  assign add_signext_33 = sumpipe2_4;
  assign add_temp_16 = add_signext_32 + add_signext_33;
  assign sum3_2 = add_temp_16[36:0];

  assign add_signext_34 = sumpipe2_5;
  assign add_signext_35 = $signed({{5{sumpipe2_6[31]}}, sumpipe2_6});
  assign add_temp_17 = add_signext_34 + add_signext_35;
  assign sum3_3 = add_temp_17[36:0];

  always @ (posedge clk or posedge reset)
    begin: temp_process24
      if (reset == 1'b1) begin
        sumpipe3_1 <= 0;
        sumpipe3_2 <= 0;
        sumpipe3_3 <= 0;
      end
      else begin
        if (clk_enable == 1'b1) begin
          sumpipe3_1 <= sum3_1;
          sumpipe3_2 <= sum3_2;
          sumpipe3_3 <= sum3_3;
        end
      end
    end // temp_process24

  assign add_signext_36 = sumpipe3_1;
  assign add_signext_37 = sumpipe3_2;
  assign add_temp_18 = add_signext_36 + add_signext_37;
  assign sum4_1 = add_temp_18[36:0];

  always @ (posedge clk or posedge reset)
    begin: temp_process25
      if (reset == 1'b1) begin
        sumpipe4_1 <= 0;
        sumpipe4_2 <= 0;
      end
      else begin
        if (clk_enable == 1'b1) begin
          sumpipe4_1 <= sum4_1;
          sumpipe4_2 <= sumpipe3_3;
        end
      end
    end // temp_process25

  assign add_signext_38 = sumpipe4_1;
  assign add_signext_39 = sumpipe4_2;
  assign add_temp_19 = add_signext_38 + add_signext_39;
  assign sum5_1 = add_temp_19[36:0];

  always @ (posedge clk or posedge reset)
    begin: temp_process26
      if (reset == 1'b1) begin
        sumpipe5_1 <= 0;
      end
      else begin
        if (clk_enable == 1'b1) begin
          sumpipe5_1 <= sum5_1;
        end
      end
    end // temp_process26

  assign sum_final = sumpipe5_1;

  always @ (posedge clk or posedge reset)
    begin: Output_Register_process
      if (reset == 1'b1) begin
        output_register <= 0;
      end
      else begin
        if (clk_enable == 1'b1) begin
          output_register <= sum_final;
        end
      end
    end // Output_Register_process

  // Assignment Statements
  assign filter_out = output_register;
endmodule  // fir_20_16b_2p